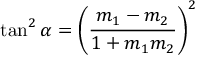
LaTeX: \tan ^ { 2 } \alpha = \left( { \frac { m _ { 1 } - m _ { 2 } } { 1 + m _ { 1 } m _ { 2 } } } \right) ^ { 2 }